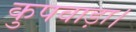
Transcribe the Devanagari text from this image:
कुपवाड़ा।